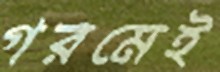
গরমেই